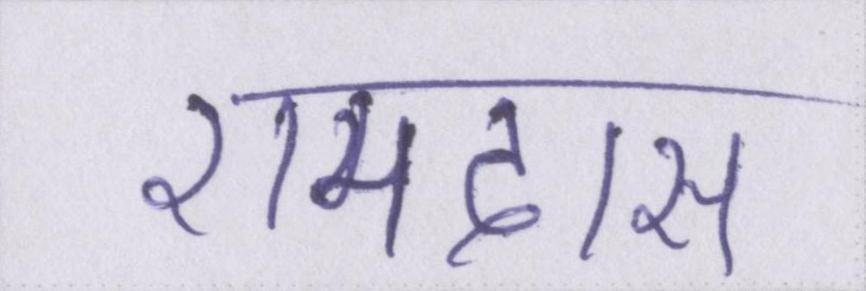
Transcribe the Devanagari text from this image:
रामदास